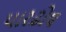
પારઢોલ